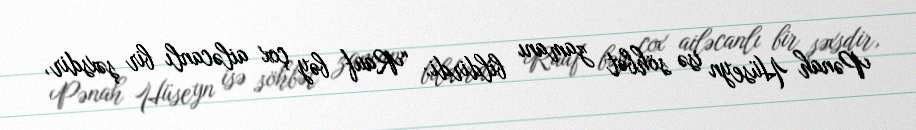
Pənah Hüseyn isə söhbət zamanı bildirdi: “Rauf bəy çox ailəcanlı bir şəxsdir,